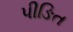
પીઙિત